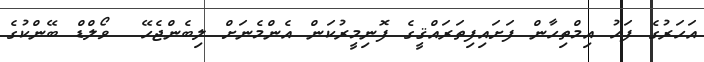
އަހަރުގެ ފަހު އިމްތިހާން ފަށައިފިތަރައްޤީގެ ފޮނިމީރުކަން އެންމެނަށް ލިބެންޖެހޭ  ވޯލްޑް ބޭންކުގެ